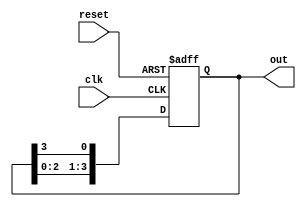
module bistable_ring_counter (
    input wire clk,            // Clock input
    input wire reset,          // Asynchronous reset input
    output reg [3:0] out       // 4-bit output of the counter
);

// Initial state
initial begin
    out = 4'b0001; // Set the initial state to 0001
end

// Always block triggered on the rising edge of the clock or asynchronous reset
always @(posedge clk or posedge reset) begin
    if (reset) begin
        out <= 4'b0001; // Reset the counter to initial state
    end else begin
        // Shift the '1' to the left
        out <= {out[2:0], out[3]}; // Move the MSB (out[3]) to the LSB (out[0])
    end
end

endmodule